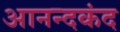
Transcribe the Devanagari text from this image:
आनन्‍दकंद